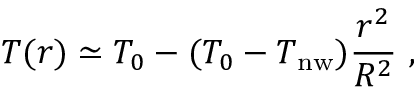
T ( r ) \simeq T _ { 0 } - ( T _ { 0 } - T _ { \mathrm { n w } } ) \frac { r ^ { 2 } } { R ^ { 2 } } \ ,